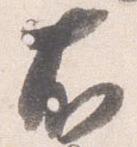
右